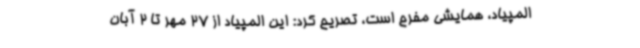
المپیاد، همایشی مفرح است، تصریح کرد: این المپیاد از 27 مهر تا 2 آبان